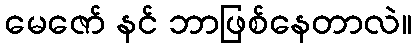
မေဇော် နင် ဘာဖြစ်နေတာလဲ။